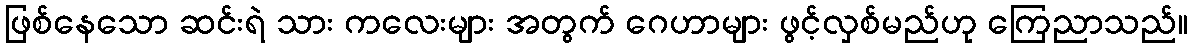
ဖြစ်နေသော ဆင်းရဲ သား ကလေးများ အတွက် ဂေဟာများ ဖွင့်လှစ်မည်ဟု ကြေညာသည်။